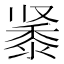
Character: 𬹔